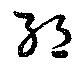
絶